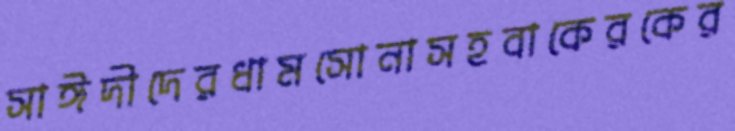
সাঈদীদেরধামসোনাসহবাকেরকের